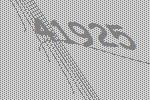
41925